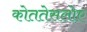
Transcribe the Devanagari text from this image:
कोततेसलोए